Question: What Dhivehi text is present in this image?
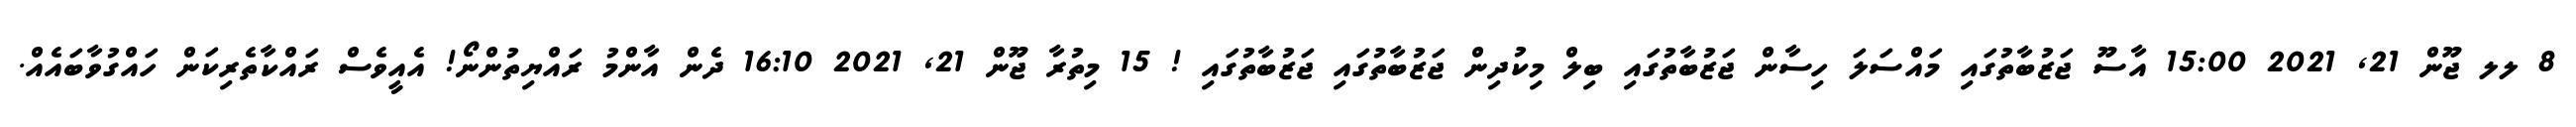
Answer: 8 ލލ ޖޫން 21, 2021 15:00 އާސޫ ޖަޒުބާތުގައި މައްސަލަ ހިސާން ޖަޒުބާތުގައި ބިލް މިކުދިން ޖަޒުބާތުގައި ޖަޒުބާތުގައި ! 15 މިތުރާ ޖޫން 21, 2021 16:10 ދެން އާންމު ރައްޔިތުންނޯ! އެއީވެސް ރައްކާތެރިކަން ހައްގުވާބައެއް.